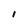
Character: l